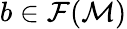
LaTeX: b\in\mathcal{F}(\mathcal{M})